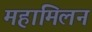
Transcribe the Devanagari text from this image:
महामिलन